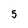
Character: 5